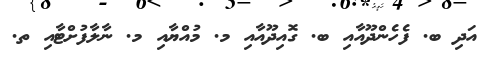
އަދި ބ. ފެހެންދޫއާއި ބ. ގޮއިދޫއާއި މ. މުއްޔާއި މ. ނާލާފުށްޓާއި ތ.